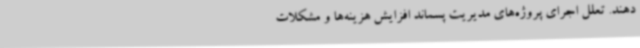
دهند. تعلل اجرای پروژه‌های مدیریت پسماند افزایش هزینه‌ها و مشکلات